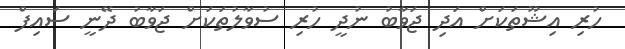
ހުރި އިޝޫތަކަށް އަދި ޖަވާބު ނުދީ ހުރި ސުވާލުތަކަށް ޖަވާބު ދޭނީ ސައިފް